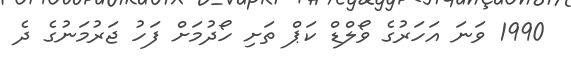
1990 ވަނަ އަހަރުގެ ވޯލްޑް ކަޕް ތަށި ހޯދުމަށް ފަހު ޖަރުމަނުގެ ދެ